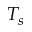
T _ { s }